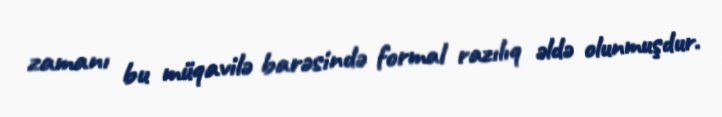
zamanı bu müqavilə barəsində formal razılıq əldə olunmuşdur.